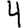
Digit: 4